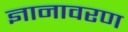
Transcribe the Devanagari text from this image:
ज्ञानावरण